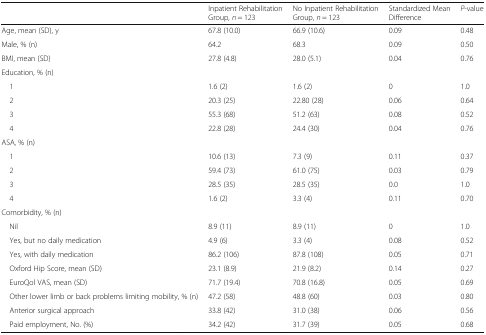
<table><thead><tr><td></td><td><b>Inpatient Rehabilitation Group, <i>n</i> = 123</b></td><td><b>No Inpatient Rehabilitation Group, <i>n</i> = 123</b></td><td><b>Standardized Mean Difference</b></td><td><b><i>P</i>-value</b></td></tr></thead><tbody><tr><td>Age, mean (SD), y</td><td>67.8 (10.0)</td><td>66.9 (10.6)</td><td>0.09</td><td>0.48</td></tr><tr><td>Male, % (n)</td><td>64.2</td><td>68.3</td><td>0.09</td><td>0.50</td></tr><tr><td>BMI, mean (SD)</td><td>27.8 (4.8)</td><td>28.0 (5.1)</td><td>0.04</td><td>0.76</td></tr><tr><td colspan="5">Education, % (n)</td></tr><tr><td> 1</td><td>1.6 (2)</td><td>1.6 (2)</td><td>0</td><td>1.0</td></tr><tr><td> 2</td><td>20.3 (25)</td><td>22.80 (28)</td><td>0.06</td><td>0.64</td></tr><tr><td> 3</td><td>55.3 (68)</td><td>51.2 (63)</td><td>0.08</td><td>0.52</td></tr><tr><td> 4</td><td>22.8 (28)</td><td>24.4 (30)</td><td>0.04</td><td>0.76</td></tr><tr><td colspan="5">ASA, % (n)</td></tr><tr><td> 1</td><td>10.6 (13)</td><td>7.3 (9)</td><td>0.11</td><td>0.37</td></tr><tr><td> 2</td><td>59.4 (73)</td><td>61.0 (75)</td><td>0.03</td><td>0.79</td></tr><tr><td> 3</td><td>28.5 (35)</td><td>28.5 (35)</td><td>0.0</td><td>1.0</td></tr><tr><td> 4</td><td>1.6 (2)</td><td>3.3 (4)</td><td>0.11</td><td>0.70</td></tr><tr><td colspan="5">Comorbidity, % (n)</td></tr><tr><td> Nil</td><td>8.9 (11)</td><td>8.9 (11)</td><td>0</td><td>1.0</td></tr><tr><td> Yes, but no daily medication</td><td>4.9 (6)</td><td>3.3 (4)</td><td>0.08</td><td>0.52</td></tr><tr><td> Yes, with daily medication</td><td>86.2 (106)</td><td>87.8 (108)</td><td>0.05</td><td>0.71</td></tr><tr><td> Oxford Hip Score, mean (SD)</td><td>23.1 (8.9)</td><td>21.9 (8.2)</td><td>0.14</td><td>0.27</td></tr><tr><td> EuroQol VAS, mean (SD)</td><td>71.7 (19.4)</td><td>70.8 (16.8)</td><td>0.05</td><td>0.69</td></tr><tr><td> Other lower limb or back problems limiting mobility, % (n)</td><td>47.2 (58)</td><td>48.8 (60)</td><td>0.03</td><td>0.80</td></tr><tr><td> Anterior surgical approach</td><td>33.8 (42)</td><td>31.0 (38)</td><td>0.06</td><td>0.56</td></tr><tr><td> Paid employment, No. (%)</td><td>34.2 (42)</td><td>31.7 (39)</td><td>0.05</td><td>0.68</td></tr></tbody></table>